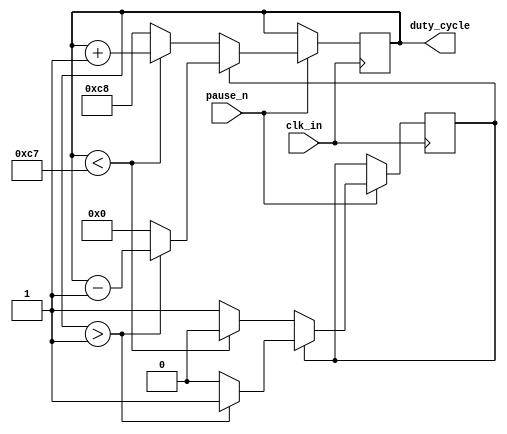
module counter_200(input clk_in,                        // 200Hz
                   input pause_n,                       // 
                   output reg [7: 0] duty_cycle = 'd0); // 
    
    //  0 ~ 1  0 ~ 199  1 ~ 2  200 ~ 1 
    
    reg dir = 'd0; // 0 1 
    
    always @(posedge clk_in) begin
        if (pause_n) begin
            if (dir == 'd0) begin
                if (duty_cycle < 'd199) begin
                    duty_cycle = duty_cycle + 1;
                end
                else begin
                    duty_cycle = 'd200;
                    dir        = 'd1;
                end
            end
            else begin
                if (duty_cycle > 'd1) begin
                    duty_cycle = duty_cycle - 1;
                end
                else begin
                    duty_cycle = 'd0;
                    dir        = 'd0;
                end
            end
        end
    end
    
endmodule